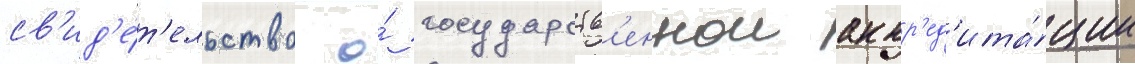
св'ид'е́т'ельство о́ государств'еннои аккр'ед'ита́ции